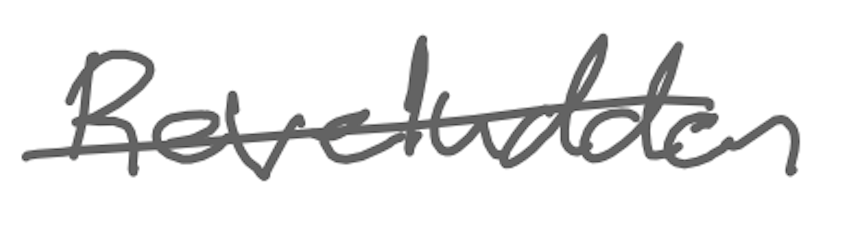
Text: Reveludden
Cross-out: single-line
Writing tool: digital_gray